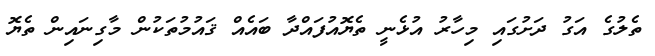
ތެލުގެ އަގު ދަށުގައި މިހާރު އުޅެނީ ތެޔޮއުފައްދާ ބައެއް ޤައުމުތަކުން މާގިނައިން ތެޔޮ